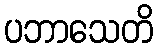
ပဘာသေတိ